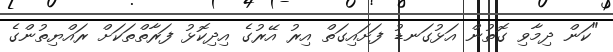
"ކަން ދިމާވި ގޮތުން އަޅުގަނޑު ފަށައިގަތް އިރު އޭރުގެ އިދިކޮޅު ފަރާތްތަކަށް ރައްޔިތުންގެ